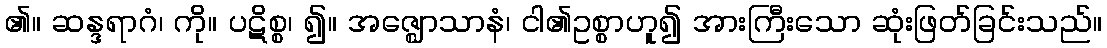
၏။ ဆန္ဒရာဂံ၊ ကို။ ပဋိစ္စ၊ ၍။ အဇ္ဈောသာနံ၊ ငါ၏ဥစ္စာဟူ၍ အားကြီးသော ဆုံးဖြတ်ခြင်းသည်။